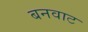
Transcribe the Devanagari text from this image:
बनवाट